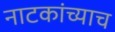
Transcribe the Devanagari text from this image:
नाटकांच्याच